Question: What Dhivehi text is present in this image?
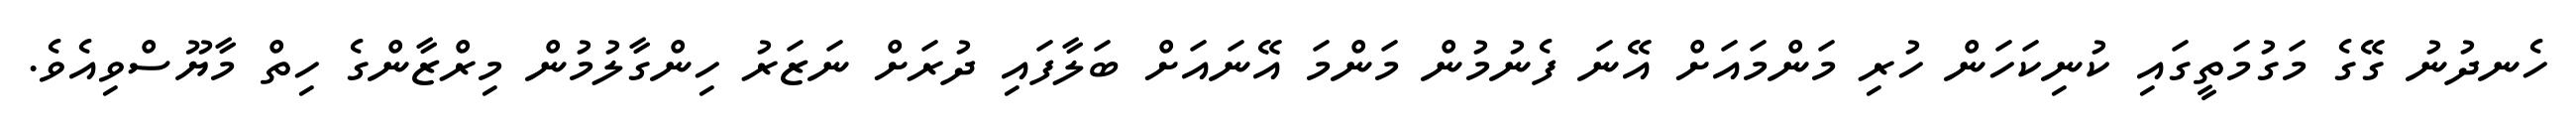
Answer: ހެނދުނު ގޭގެ މަގުމަތީގައި ކުނިކަހަން ހުރި މަންމައަށް އޭނަ ފެނުމުން މަންމަ އޭނައަށް ބަލާފައި ދުރަށް ނަޒަރު ހިންގާލުމުން މިރްޒާންގެ ހިތް މާޔޫސްވިއެވެ.